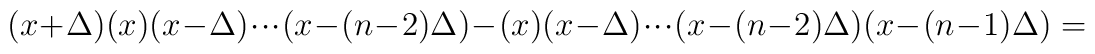
(x+\Delta)(x)(x-\Delta)\cdot\cdot\cdot(x-(n-2)\Delta)-(x)(x-\Delta)\cdot\cdot\cdot(x-(n-2)\Delta)(x-(n-1)\Delta) =